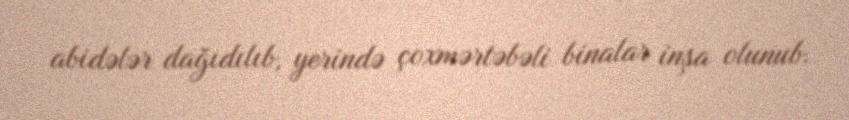
abidələr dağıdılıb, yerində çoxmərtəbəli binalar inşa olunub.